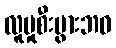
လူမှုစီးပွားဘဝ